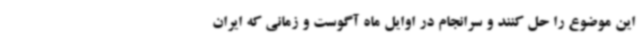
این موضوع را حل کنند و سرانجام در اوایل ماه آگوست و زمانی که ایران